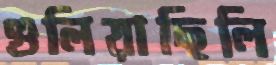
গুলিয়াছিলি